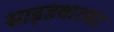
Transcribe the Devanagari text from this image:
साइडबारवर